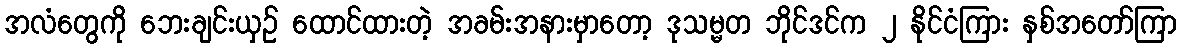
အလံတွေကို ဘေးချင်းယှဉ် ထောင်ထားတဲ့ အခမ်းအနားမှာတော့ ဒုသမ္မတ ဘိုင်ဒင်က ၂ နိုင်ငံကြား နှစ်အတော်ကြာ